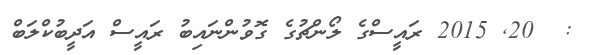
:  20